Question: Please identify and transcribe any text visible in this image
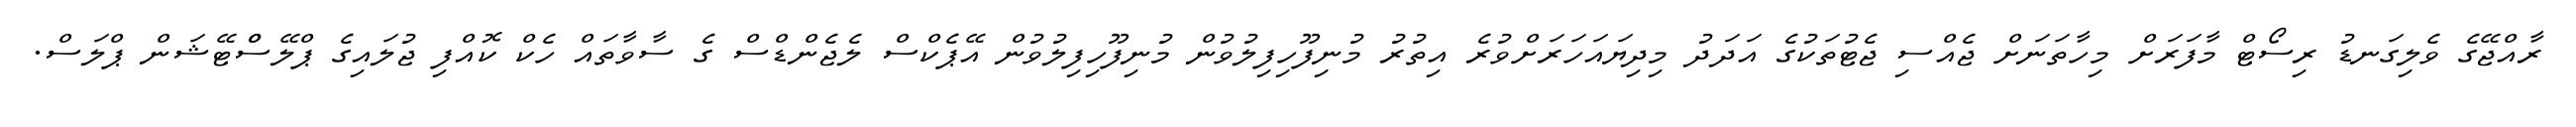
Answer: ރާއްޖޭގެ ވެލިގަނޑު ރިސޯޓް މާފަރަށް މިހާތަނަށް ޖެއްސި ޖެޓުތަކުގެ އަދަދު މިދިޔައަހަރަށްވުރެ އިތުރު މުނިފޫހިފިލުވުން މުނިފޫހިފިލުވުން އޭޕެކްސް ލެޖެންޑްސް ގެ ސާވާތައް ހެކް ކޮއްފި ޖުލައިގެ ޕްލޭސްްޓޭޝަން ޕްލަސް.